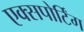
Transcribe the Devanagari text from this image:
एक्सपोर्टिंग